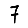
Digit: 7